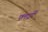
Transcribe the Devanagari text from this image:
फ्लाईटें